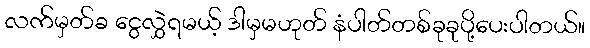
လက်မှတ်ခ ငွေလွှဲရမယ့် ဒါမှမဟုတ် နံပါတ်တစ်ခုခုပို့ပေးပါတယ်။